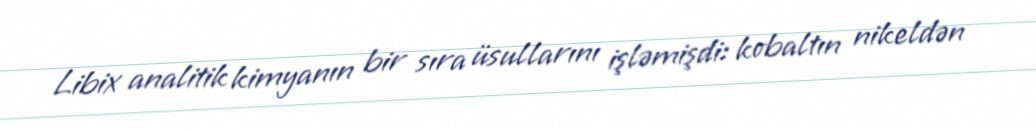
Libix analitik kimyanın bir sıra üsullarını işləmişdi: kobaltın nikeldən